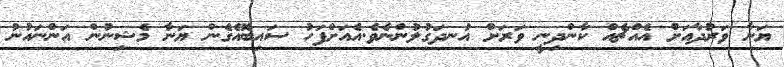
ޔަނާ ވަރުދާއަށް އެއްޗެއް ކާންދިނީ ވަރަށް އުނދަގުލުންނެވެ.އެއަށްފަހު ސައިބޮއެގެން ޔަނާ މެޝިނުން އަންނައުނު